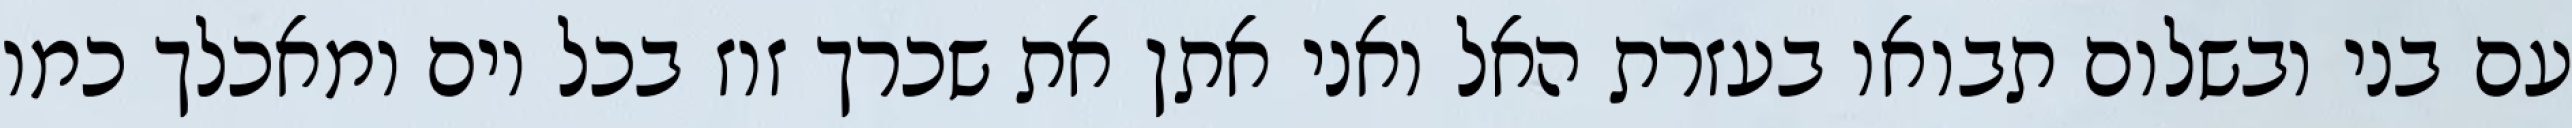
עם בני ובשלום תבואו בעזרת האל ואני אתן את שכרך זוז בכל יום ומאכלך כמו